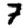
Digit: 7